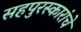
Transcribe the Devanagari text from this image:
सहपुरस्कारांचे